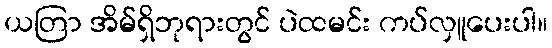
ယတြာ အိမ်ရှိဘုရားတွင် ပဲထမင်း ကပ်လှူပေးပါ။